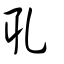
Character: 耴